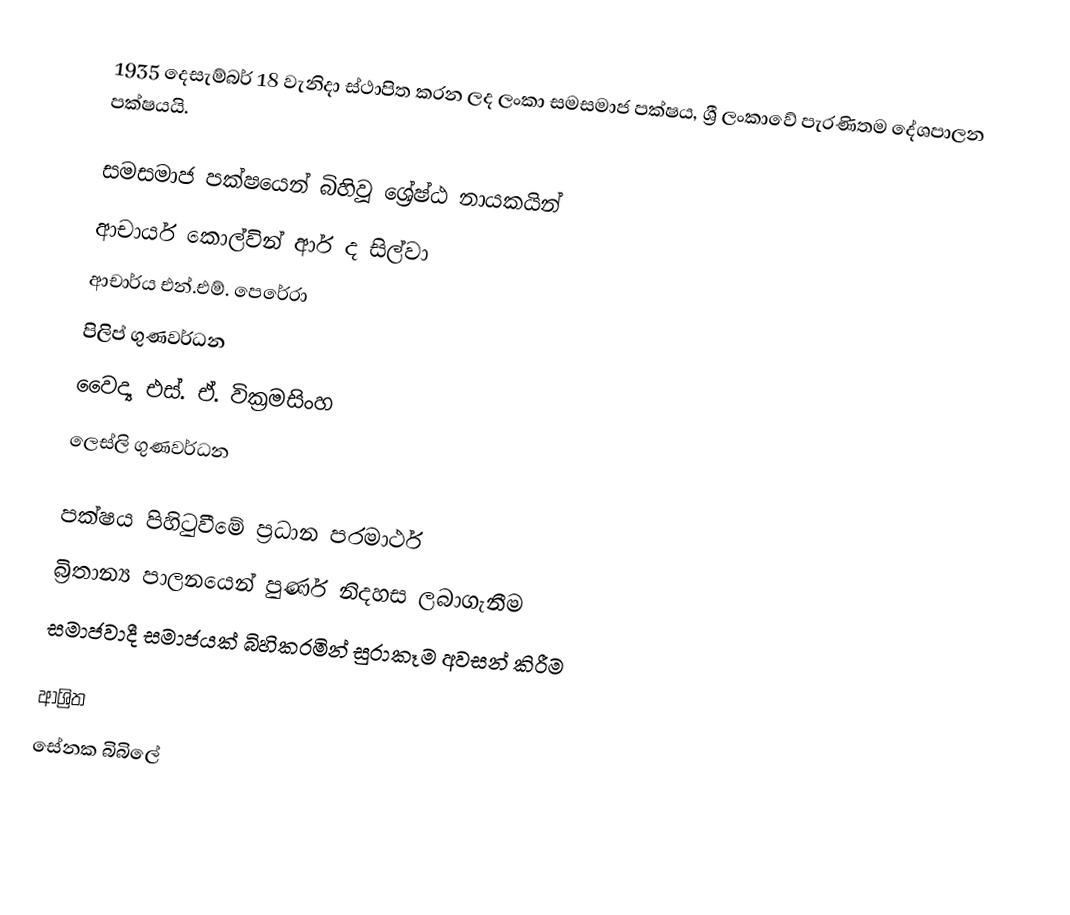
1935 දෙසැම්බර් 18 වැනිදා ස්ථාපිත කරන ලද ලංකා සමසමාජ පක්ෂය, ශ්‍රී ලංකාවේ පැරණිතම දේශපාලන පක්ෂයයි.

සමසමාජ පක්ෂයෙන් බිහිවූ ශ්‍රේෂ්ඨ නායකයින්
 ආචාර්ය කොල්වින් ආර් ද සිල්වා
 ආචාර්ය එන්.එම්. පෙරේරා
 පිලිප් ගුණවර්ධන
 වෛද්‍ය එස්. ඒ. වික්‍රමසිංහ
 ලෙස්ලි ගුණවර්ධන

පක්ෂය පිහිටුවීමේ ප්‍රධාන පරමාර්ථ
 බ්‍රිතාන්‍ය පාලනයෙන් පුර්ණ නිදහස ලබාගැනීම
 සමාජවාදී සමාජයක් බිහිකරමින් සුරාකෑම අවසන් කිරීම

ආශ්‍රිත
 සේනක බිබිලේ